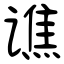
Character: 谯